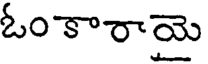
ఓంకారాయె